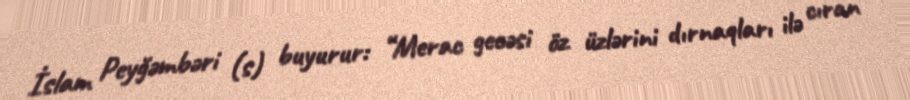
İslam Peyğəmbəri (s) buyurur: “Merac gecəsi öz üzlərini dırnaqları ilə cıran